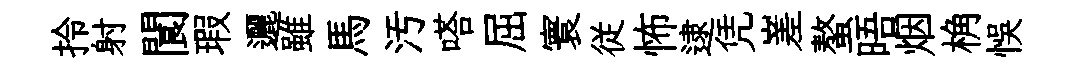
拎射閬瑕邐雖馬汚嗒屈寰従怖逮凭嵳螯晤烟桷悞